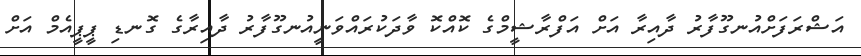
އަޝްރަފަށްއުނގޫފާރު ދާއިރާ އަށް އަފްރާޝީމްގެ ކޮއްކޮ ވާދަކުރައްވަނީއުނގޫފާރު ދާއިރާގެ ގޮނޑި ޕީޕީއެމް އަށް